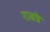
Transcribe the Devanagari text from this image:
राबन्ने